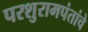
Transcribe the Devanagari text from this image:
परशुरामपंतांचे